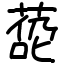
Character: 㗡